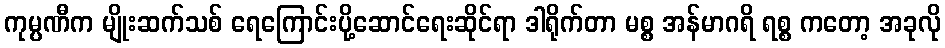
ကုမ္ပဏီက မျိုးဆက်သစ် ရေကြောင်းပို့ဆောင်ရေးဆိုင်ရာ ဒါရိုက်တာ မစ္စ အန်မာဂရိ ရစ္စ ကတော့ အခုလို